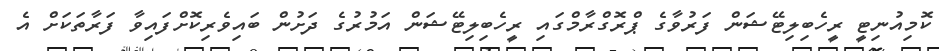
ކޮމިއުނިޓީ ރީހެބިލިޓޭޝަން ފަރުވާގެ ޕްރޮގްރާމްގައި ރީހެބިލިޓޭޝަން އަމުރުގެ ދަށުން ބައިވެރިކޮށްފައިވާ ފަރާތަކަށް އެ